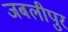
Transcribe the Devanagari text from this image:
जबलीपुर